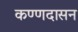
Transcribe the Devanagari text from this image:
कण्णदासन